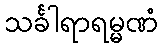
သင်္ခါရာရမ္မဏံ